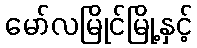
မော်လမြိုင်မြို့နှင့်